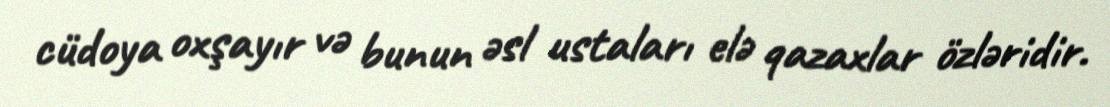
cüdoya oxşayır və bunun əsl ustaları elə qazaxlar özləridir.